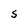
Character: S